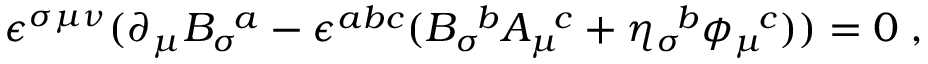
\epsilon ^ { \sigma \mu \nu } ( \partial _ { \mu } { B _ { \sigma } } \! ^ { a } - \epsilon ^ { a b c } ( { B _ { \sigma } } \! ^ { b } { A _ { \mu } } \! ^ { c } + { \eta _ { \sigma } } \! ^ { b } { \phi _ { \mu } } \! ^ { c } ) ) = 0 \; ,